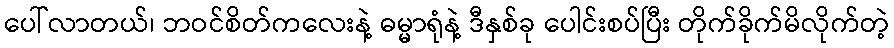
ပေါ်လာတယ်၊ ဘဝင်စိတ်ကလေးနဲ့ ဓမ္မာရုံနဲ့ ဒီနှစ်ခု ပေါင်းစပ်ပြီး တိုက်ခိုက်မိလိုက်တဲ့